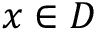
\boldsymbol { x } \in D